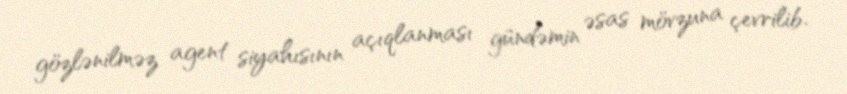
gözlənilməz agent siyahısının açıqlanması gündəmin əsas mövzuna çevrilib.